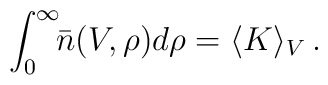
\int_0^{\infty}\!\!\bar{n}(V,\rho) d\rho = \langle K \rangle_{V} \,.